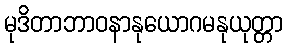
မုဒိတာဘာဝနာနုယောဂမနုယုတ္တာ